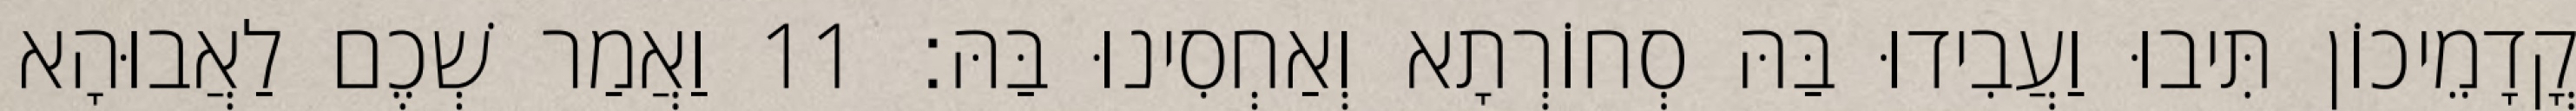
קֳדָמֵיכוֹן תִּיבוּ וַעֲבִידוּ בַּהּ סְחוֹרְתָא וְאַחְסִינוּ בַּהּ׃ 11 וַאֲמַר שְׁכֶם לַאֲבוּהָא